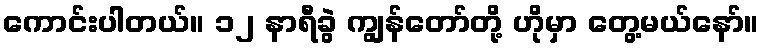
ကောင်းပါတယ်။ ၁၂ နာရီခွဲ ကျွန်တော်တို့ ဟိုမှာ တွေ့မယ်နော်။